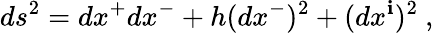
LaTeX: ds^{2}=dx^{+}dx^{-}+h(dx^{-})^{2}+(dx^{\mathbf{i}})^{2}~,